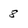
Character: 8